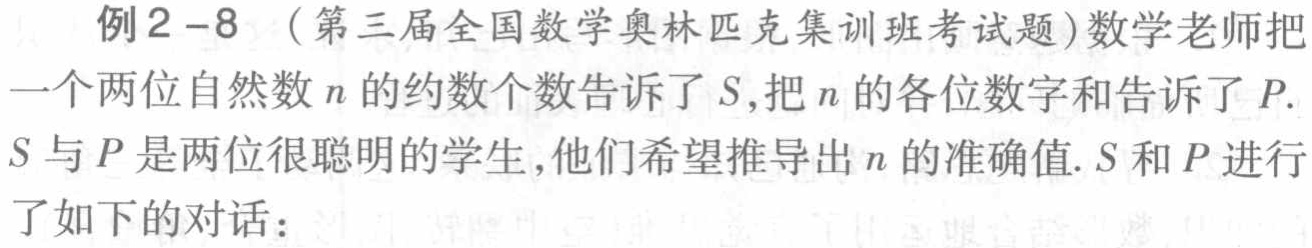
例2 - 8 （第三届全国数学奥林匹克集训班考试题）数学老师把一个两位自然数\(n\)的约数个数告诉了\(S\)，把\(n\)的各位数字和告诉了\(P\). \(S\)与\(P\)是两位很聪明的学生，他们希望推导出\(n\)的准确值. \(S\)和\(P\)进行了如下的对话：